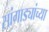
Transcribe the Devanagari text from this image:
सांगाड्यांच्या